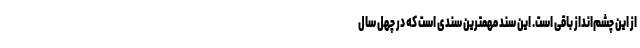
از این چشم‌انداز باقی است. این سند مهمترین سندی است که در چهل سال